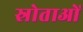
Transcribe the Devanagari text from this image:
स्रोताओं